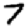
Digit: 7